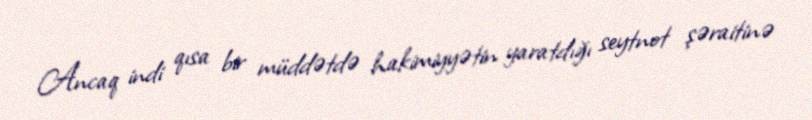
Ancaq indi qısa bir müddətdə hakimiyyətin yaratdığı seytnot şəraitinə